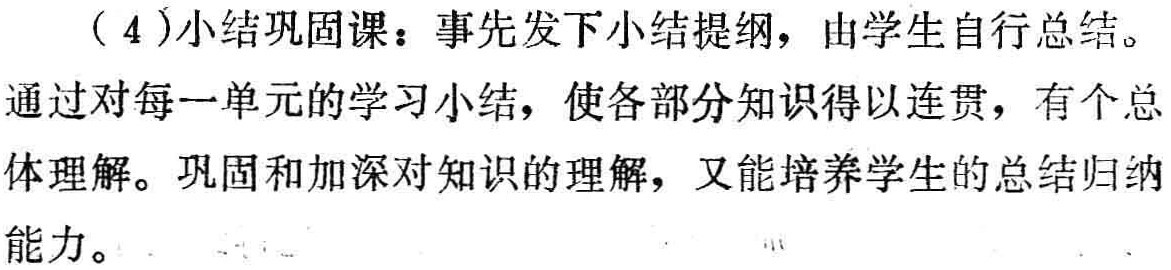
（4）小结巩固课：事先发下小结提纲，由学生自行总结。

通过对每一单元的学习小结，使各部分知识得以连贯，有个总

体理解。巩固和加深对知识的理解，又能培养学生的总结归纳

能力。